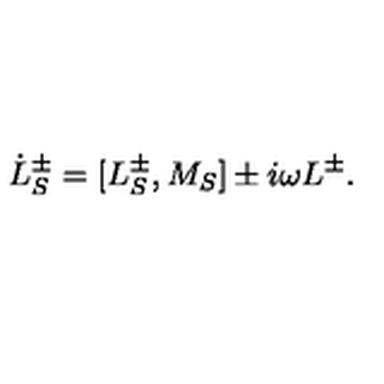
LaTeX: \dot { L } _ { S } ^ { \pm } = [ L _ { S } ^ { \pm } , M _ { S } ] \pm i \omega L ^ { \pm } .